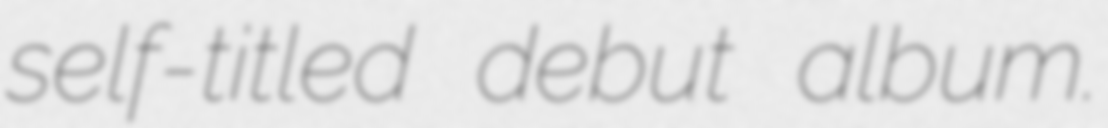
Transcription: self-titled debut album.